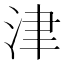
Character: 津